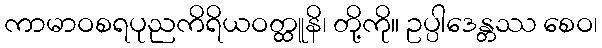
ကာမာဝစရပုညကိရိယဝတ္ထူနိ၊ တို့ကို။ ဥပ္ပါဒေန္တဿ စေဝ၊